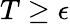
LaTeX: T\geq\epsilon